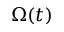
\Omega ( t )